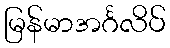
မြန်မာအင်္ဂလိပ်